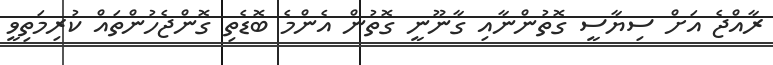
ރާއްޖެ އަށް ސިޔާސީ ގޮތުންނާއި ގާނޫނީ ގޮތުން އެންމެ ބޮޑެތި ގޮންޖެހުންތައް ކުރިމަތިވީ